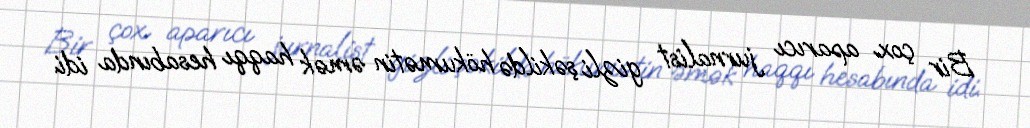
Bir çox aparıcı jurnalist gizli şəkildə hökumətin əmək haqqı hesabında idi.